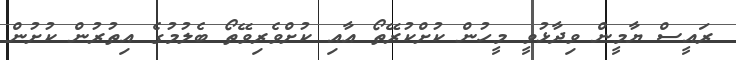
ރައީސް ޔާމީން ވިދާޅުވީ މީހުން ކުށްކުރޭތޯ އާއި ކުށްވެރިވޭތޯ ބެލުމުގެ އިތުރުން ކުށުން